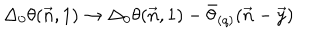
\Delta _ { 0 } \theta ( \vec { n } , 1 ) \to \Delta _ { 0 } \theta ( \vec { n } , 1 ) - \bar { \theta } _ { ( q ) } ( \vec { n } - \vec { y } )